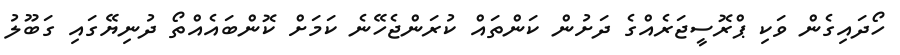
ހޯދައިގެން ވަކި ޕްރޮސީޖަރެއްގެ ދަށުން ކަންތައް ކުރަންޖެހޭނެ ކަމަށް ކޮންބައެއްތޯ ދުނިޔޭގައި ގަބޫލު